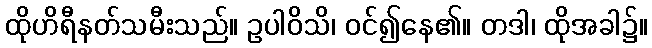
ထိုဟိရီနတ်သမီးသည်။ ဥပါဝိသိ၊ ဝင်၍နေ၏။ တဒါ၊ ထိုအခါ၌။